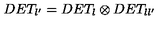
D E T _ { \l ^ { \prime } } = D E T _ { \l } \otimes D E T _ { \l \l ^ { \prime } }